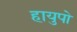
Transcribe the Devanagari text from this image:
हायुपो